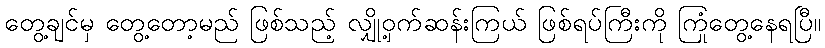
တွေ့ချင်မှ တွေ့တော့မည် ဖြစ်သည့် လျှို့ဝှက်ဆန်းကြယ် ဖြစ်ရပ်ကြီးကို ကြုံတွေ့နေရပြီ။